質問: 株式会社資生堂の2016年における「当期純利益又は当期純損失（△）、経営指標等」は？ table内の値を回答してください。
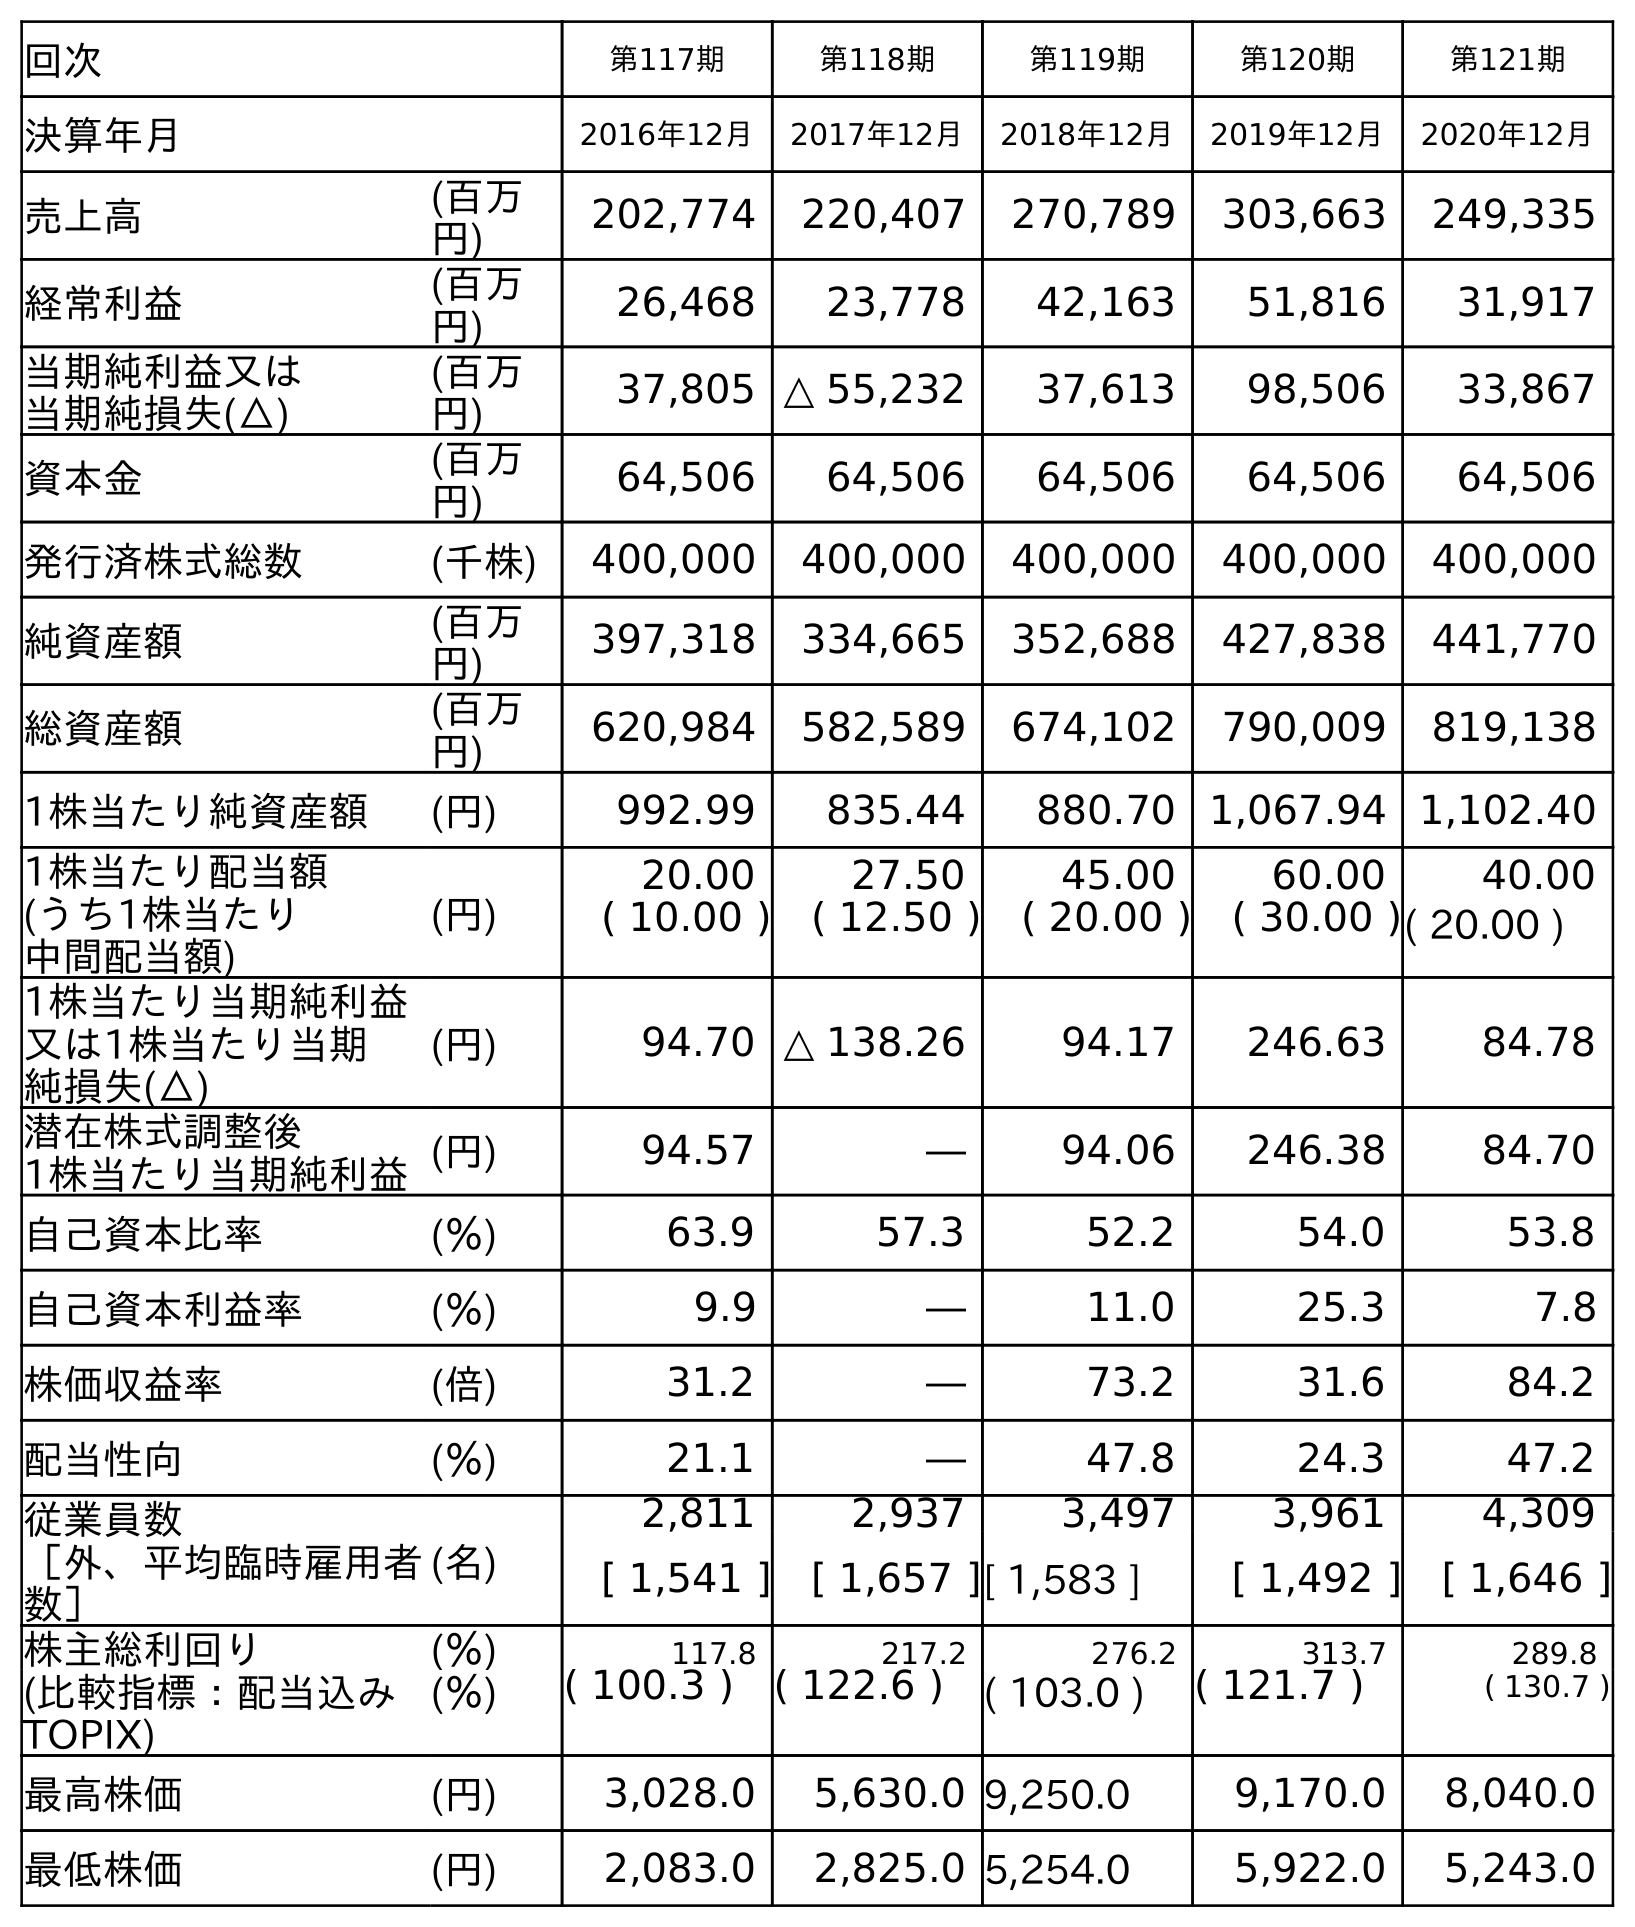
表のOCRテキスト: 回次 第117期 第118期 第119期 第120期 第121期 決算年月 2016年12月 2017年12月 2018年12月 2019年12月 2020年12月 売上高 (百万 円) 202,774 220,407 270,789 303,663 249,335 経常利益 (百万 円) 26,468 23,778 42,163 51,816 31,917 当期純利益又は 当期純損失(△) (百万 円) 37,805 △ 55,232 37,613 98,506 33,867 資本金 (百万 円) 64,506 64,506 64,506 64,506 64,506 発行済株式総数 (千株) 400,000 400,000 400,000 400,000 400,000 純資産額 (百万 円) 397,318 334,665 352,688 427,838 441,770 総資産額 (百万 円) 620,984 582,589 674,102 790,009 819,138 1株当たり純資産額 (円) 992.99 835.44 880.70 1,067.94 1,102.40 1株当たり配当額 (うち1株当たり 中間配当額) (円) 20.00 27.50 45.00 60.00 40.00 ( 10.00 ) ( 12.50 ) ( 20.00 ) ( 30.00 )( 20.00 ) 1株当たり当期純利益 又は1株当たり当期 純損失(△) (円) 94.70 △ 138.26 94.17 246.63 84.78 潜在株式調整後 1株当たり当期純利益(円) 94.57 ― 94.06 246.38 84.70 自己資本比率 (％) 63.9 57.3 52.2 54.0 53.8 自己資本利益率 (％) 9.9 ― 11.0 25.3 7.8 株価収益率 (倍) 31.2 ― 73.2 31.6 84.2 配当性向 (％) 21.1 ― 47.8 24.3 47.2 従業員数 ［外、平均臨時雇用者 数］ (名) 2,811 2,937 3,497 3,961 4,309 [ 1,541 ] [ 1,657 ][ 1,583 ] [ 1,492 ] [ 1,646 ] 株主総利回り (％) 117.8 217.2 276.2 313.7 289.8 (比較指標：配当込み TOPIX) (％) ( 100.3 ) ( 122.6 ) ( 103.0 ) ( 121.7 ) ( 130.7 ) 最高株価 (円) 3,028.0 5,630.0 9,250.0 9,170.0 8,040.0 最低株価 (円) 2,083.0 2,825.0 5,254.0 5,922.0 5,243.0
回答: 37,805